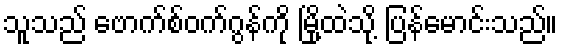
သူသည် ဗောက်စ်ဝက်ဂွန်ကို မြို့ထဲသို့ ပြန်မောင်းသည်။